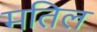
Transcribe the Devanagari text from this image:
मतिल